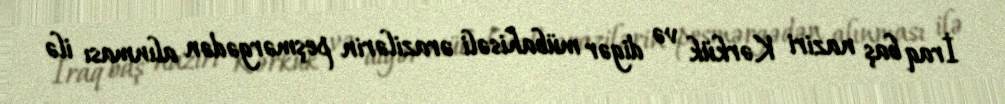
İraq baş naziri Kərkük və digər mübahisəli ərazilərin peşmərgədən alınması ilə